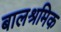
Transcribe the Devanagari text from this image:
बालश्रमिक